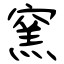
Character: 窯